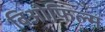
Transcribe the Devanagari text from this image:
बिओफिल्म